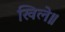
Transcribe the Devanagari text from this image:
खिले॥